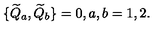
\{ { \widetilde Q _ { a } } , { \widetilde Q _ { b } } \} = 0 , a , b = 1 , 2 .